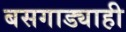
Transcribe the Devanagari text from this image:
बसगाड्याही